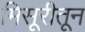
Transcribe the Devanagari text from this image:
मिसूरीतून